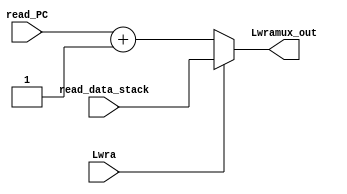
module mux_Lwra (input [10:0] read_PC, input [10:0] read_data_stack, output [10:0] Lwramux_out, input Lwra);
	
	wire Lwra;  //control line
	wire [10:0] read_PC;
	wire [10:0] read_data_stack;
	reg [10:0] Lwramux_out;

	always @(*) begin

		if (Lwra==1) 
			Lwramux_out [10:0] <=  read_data_stack [10:0];
	
		else
			Lwramux_out [10:0] <= (read_PC [10:0] + 1'b1);
		end

endmodule